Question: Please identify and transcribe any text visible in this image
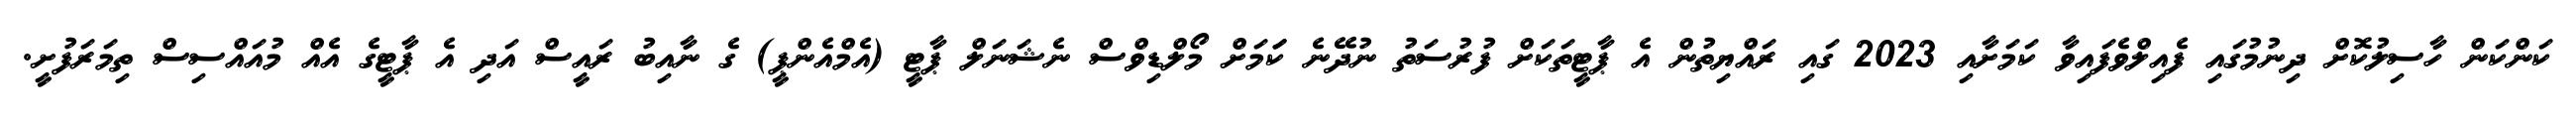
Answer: ކަންކަން ހާސިލުކޮށް ދިނުމުގައި ފެއިލްވެފައިވާ ކަމަށާއި 2023 ގައި ރައްޔިތުން އެ ޕާޓީތަކަށް ފުރުސަތު ނުދޭނެ ކަަމަށް މޯލްޑިވްސް ނެޝަނަލް ޕާޓީ (އެމްއެންޕީ) ގެ ނާއިބު ރައީސް އަދި އެ ޕާޓީގެ އެއް މުއައްސިސް ތިމަރަފުށީ.